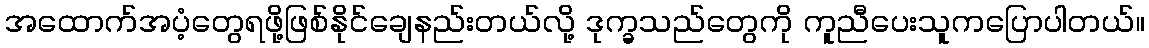
အထောက်အပံ့တွေရဖို့ဖြစ်နိုင်ချေနည်းတယ်လို့ ဒုက္ခသည်တွေကို ကူညီပေးသူကပြောပါတယ်။